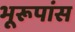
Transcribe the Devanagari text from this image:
भूरूपांस